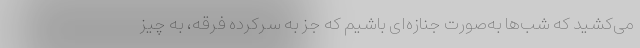
می‌کشید که شب‌ها به‌صورت جنازه‌ای باشیم که جز به سرکرده فرقه، به چیز